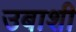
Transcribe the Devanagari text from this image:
उबाशी